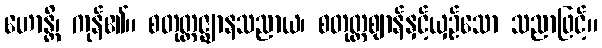
ဟောန္တိ၊ ကုန်၏။ စတုတ္ထဇ္ဈာနသညာယ၊ စတုတ္ထဈာန်နှင့်ယှဉ်သော သညာဖြင့်။